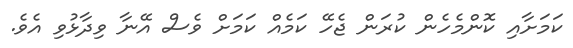
ކަމަށާއި ކޮންމެހެން ކުރަން ޖެހޭ ކަމެއް ކަމަށް ވެސް އޭނާ ވިދާޅުވި އެވެ.